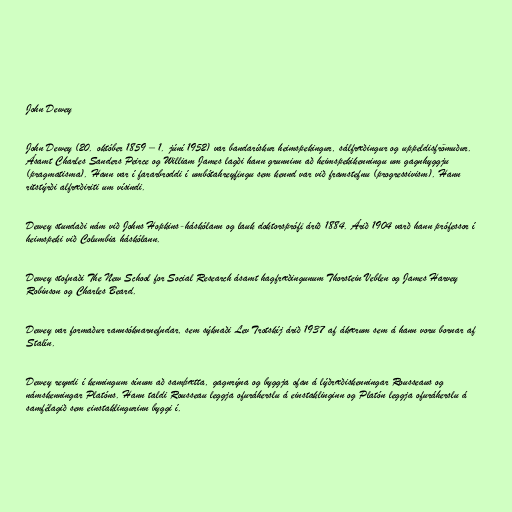
John Dewey

John Dewey (20. október 1859 – 1. júní 1952) var bandarískur heimspekingur, sálfræðingur og uppeldisfrömuður.
Ásamt Charles Sanders Peirce og William James lagði hann grunninn að heimspekikenningu um gagnhyggju
(pragmatisma). Hann var í fararbroddi í umbótahreyfingu sem kennd var við framstefnu (progressivism). Hann
ritstýrði alfræðiriti um vísindi.

Dewey stundaði nám við Johns Hopkins-háskólann og lauk doktorsprófi árið 1884. Árið 1904 varð hann prófessor í
heimspeki við Columbia háskólann.

Dewey stofnaði The New School for Social Research ásamt hagfræðingunum Thorstein Veblen og James Harvey
Robinson og Charles Beard.

Dewey var formaður rannsóknarnefndar, sem sýknaði Lev Trotskíj árið 1937 af ákærum sem á hann voru bornar af
Stalín.

Dewey reyndi í kenningum sínum að samþætta, gagnrýna og byggja ofan á lýðræðiskenningar Rousseaus og
námskenningar Platóns. Hann taldi Rousseau leggja ofuráherslu á einstaklinginn og Platón leggja ofuráherslu á
samfélagið sem einstaklingurinn byggi í.